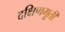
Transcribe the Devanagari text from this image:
दक्षिणमूर्ती